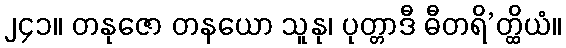
၂၄၁။ တနုဇော တနယော သူနု၊ ပုတ္တာဒီ ဓီတရိ’တ္ထိယံ။